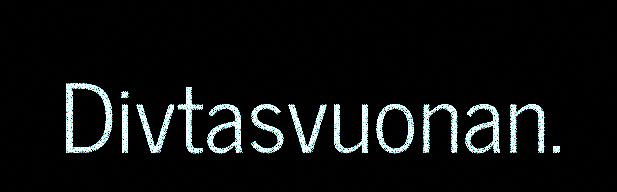
Divtasvuonan.